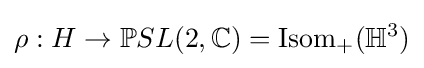
\rho :H\to \mathbb {P} SL(2,\mathbb {C} )=\operatorname {Isom} _{+}(\mathbb {H} ^{3})